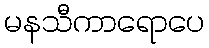
မနသီကာရောပေ